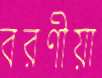
বরণীয়া